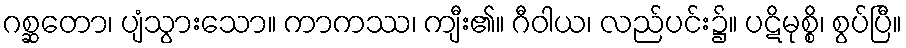
ဂစ္ဆတော၊ ပျံသွားသော။ ကာကဿ၊ ကျီး၏။ ဂီဝါယ၊ လည်ပင်း၌။ ပဋိမုစ္စိ၊ စွပ်ပြီ။